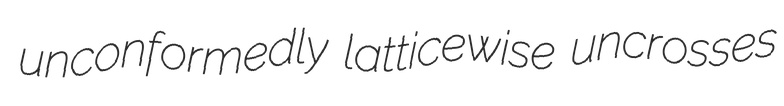
unconformedly latticewise uncrosses